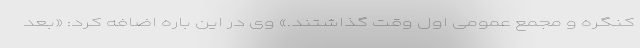
کنگره و مجمع عمومی اول وقت گذاشتند.» وی در این باره اضافه کرد: «بعد